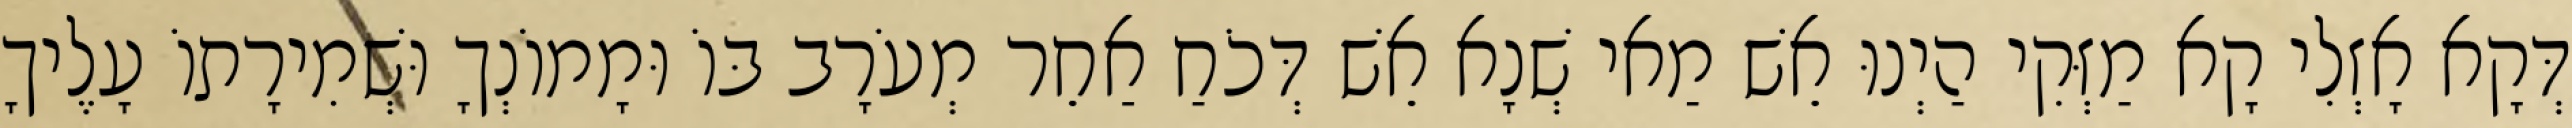
דְּקָא אָזְלִי קָא מַזְּקִי הַיְנוּ אֵשׁ מַאי שְׁנָא אֵשׁ דְּכֹחַ אַחֵר מְעֹרָב בּוֹ וּמָמוֹנְךָ וּשְׁמִירָתוֹ עָלֶיךָ